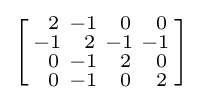
\left[{\begin{smallmatrix}\ \,2&-1&\ \,0&\ \,0\\-1&\ \,2&-1&-1\\\ \,0&-1&\ \,2&\ \,0\\\ \,0&-1&\ \,0&\ \,2\end{smallmatrix}}\right]